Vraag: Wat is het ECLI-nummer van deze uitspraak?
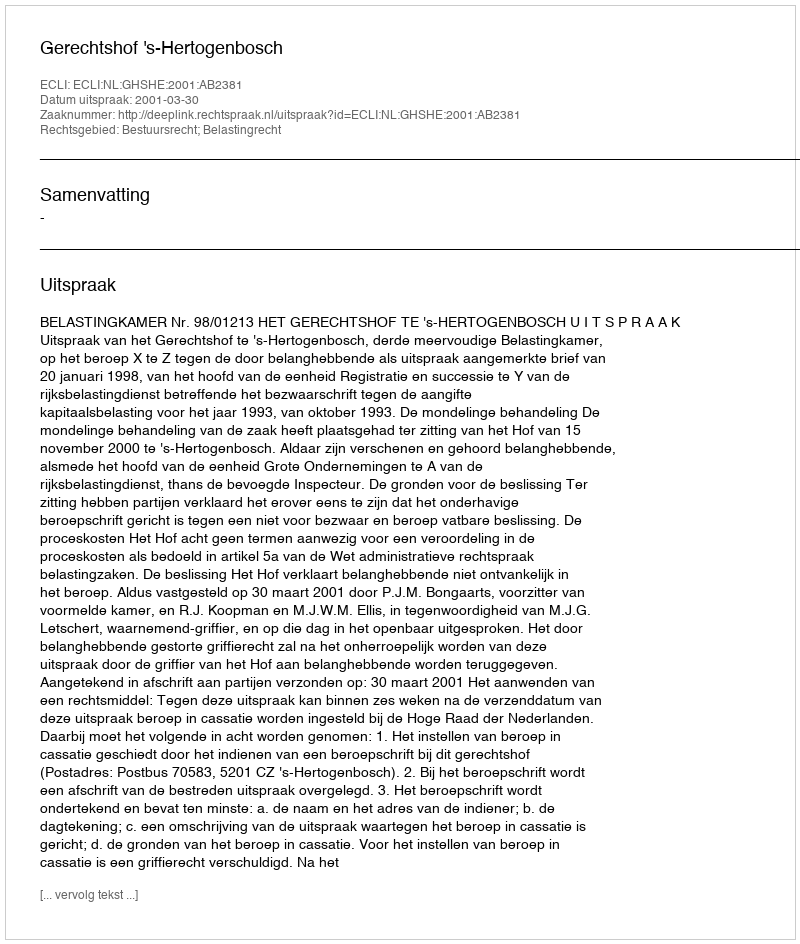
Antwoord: ECLI:NL:GHSHE:2001:AB2381